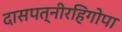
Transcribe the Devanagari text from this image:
दासपत्नीरहिगोपा